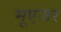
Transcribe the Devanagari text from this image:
मूएजर